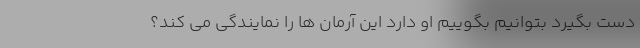
دست بگیرد بتوانیم بگوییم او دارد این آرمان ها را نمایندگی می کند؟